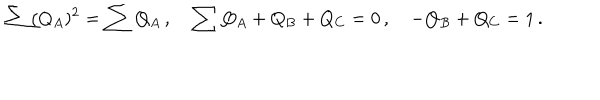
\sum ( Q _ { A } ) ^ { 2 } = \sum Q _ { A } \, , \quad \sum Q _ { A } + Q _ { B } + Q _ { C } = 0 \, , \quad - Q _ { B } + Q _ { C } = 1 \, .